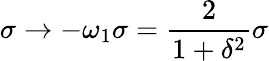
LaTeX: \sigma\rightarrow-\omega_{1}\sigma=\frac{2}{1+\delta^{2}}\sigma